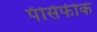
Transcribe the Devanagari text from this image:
पॅसिफीक